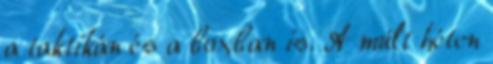
a taktikán és a boxban is. A múlt héten